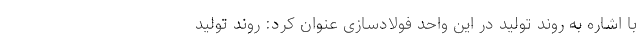
با اشاره به روند تولید در این واحد فولادسازی عنوان کرد: روند تولید